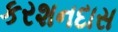
કરશનદાસ